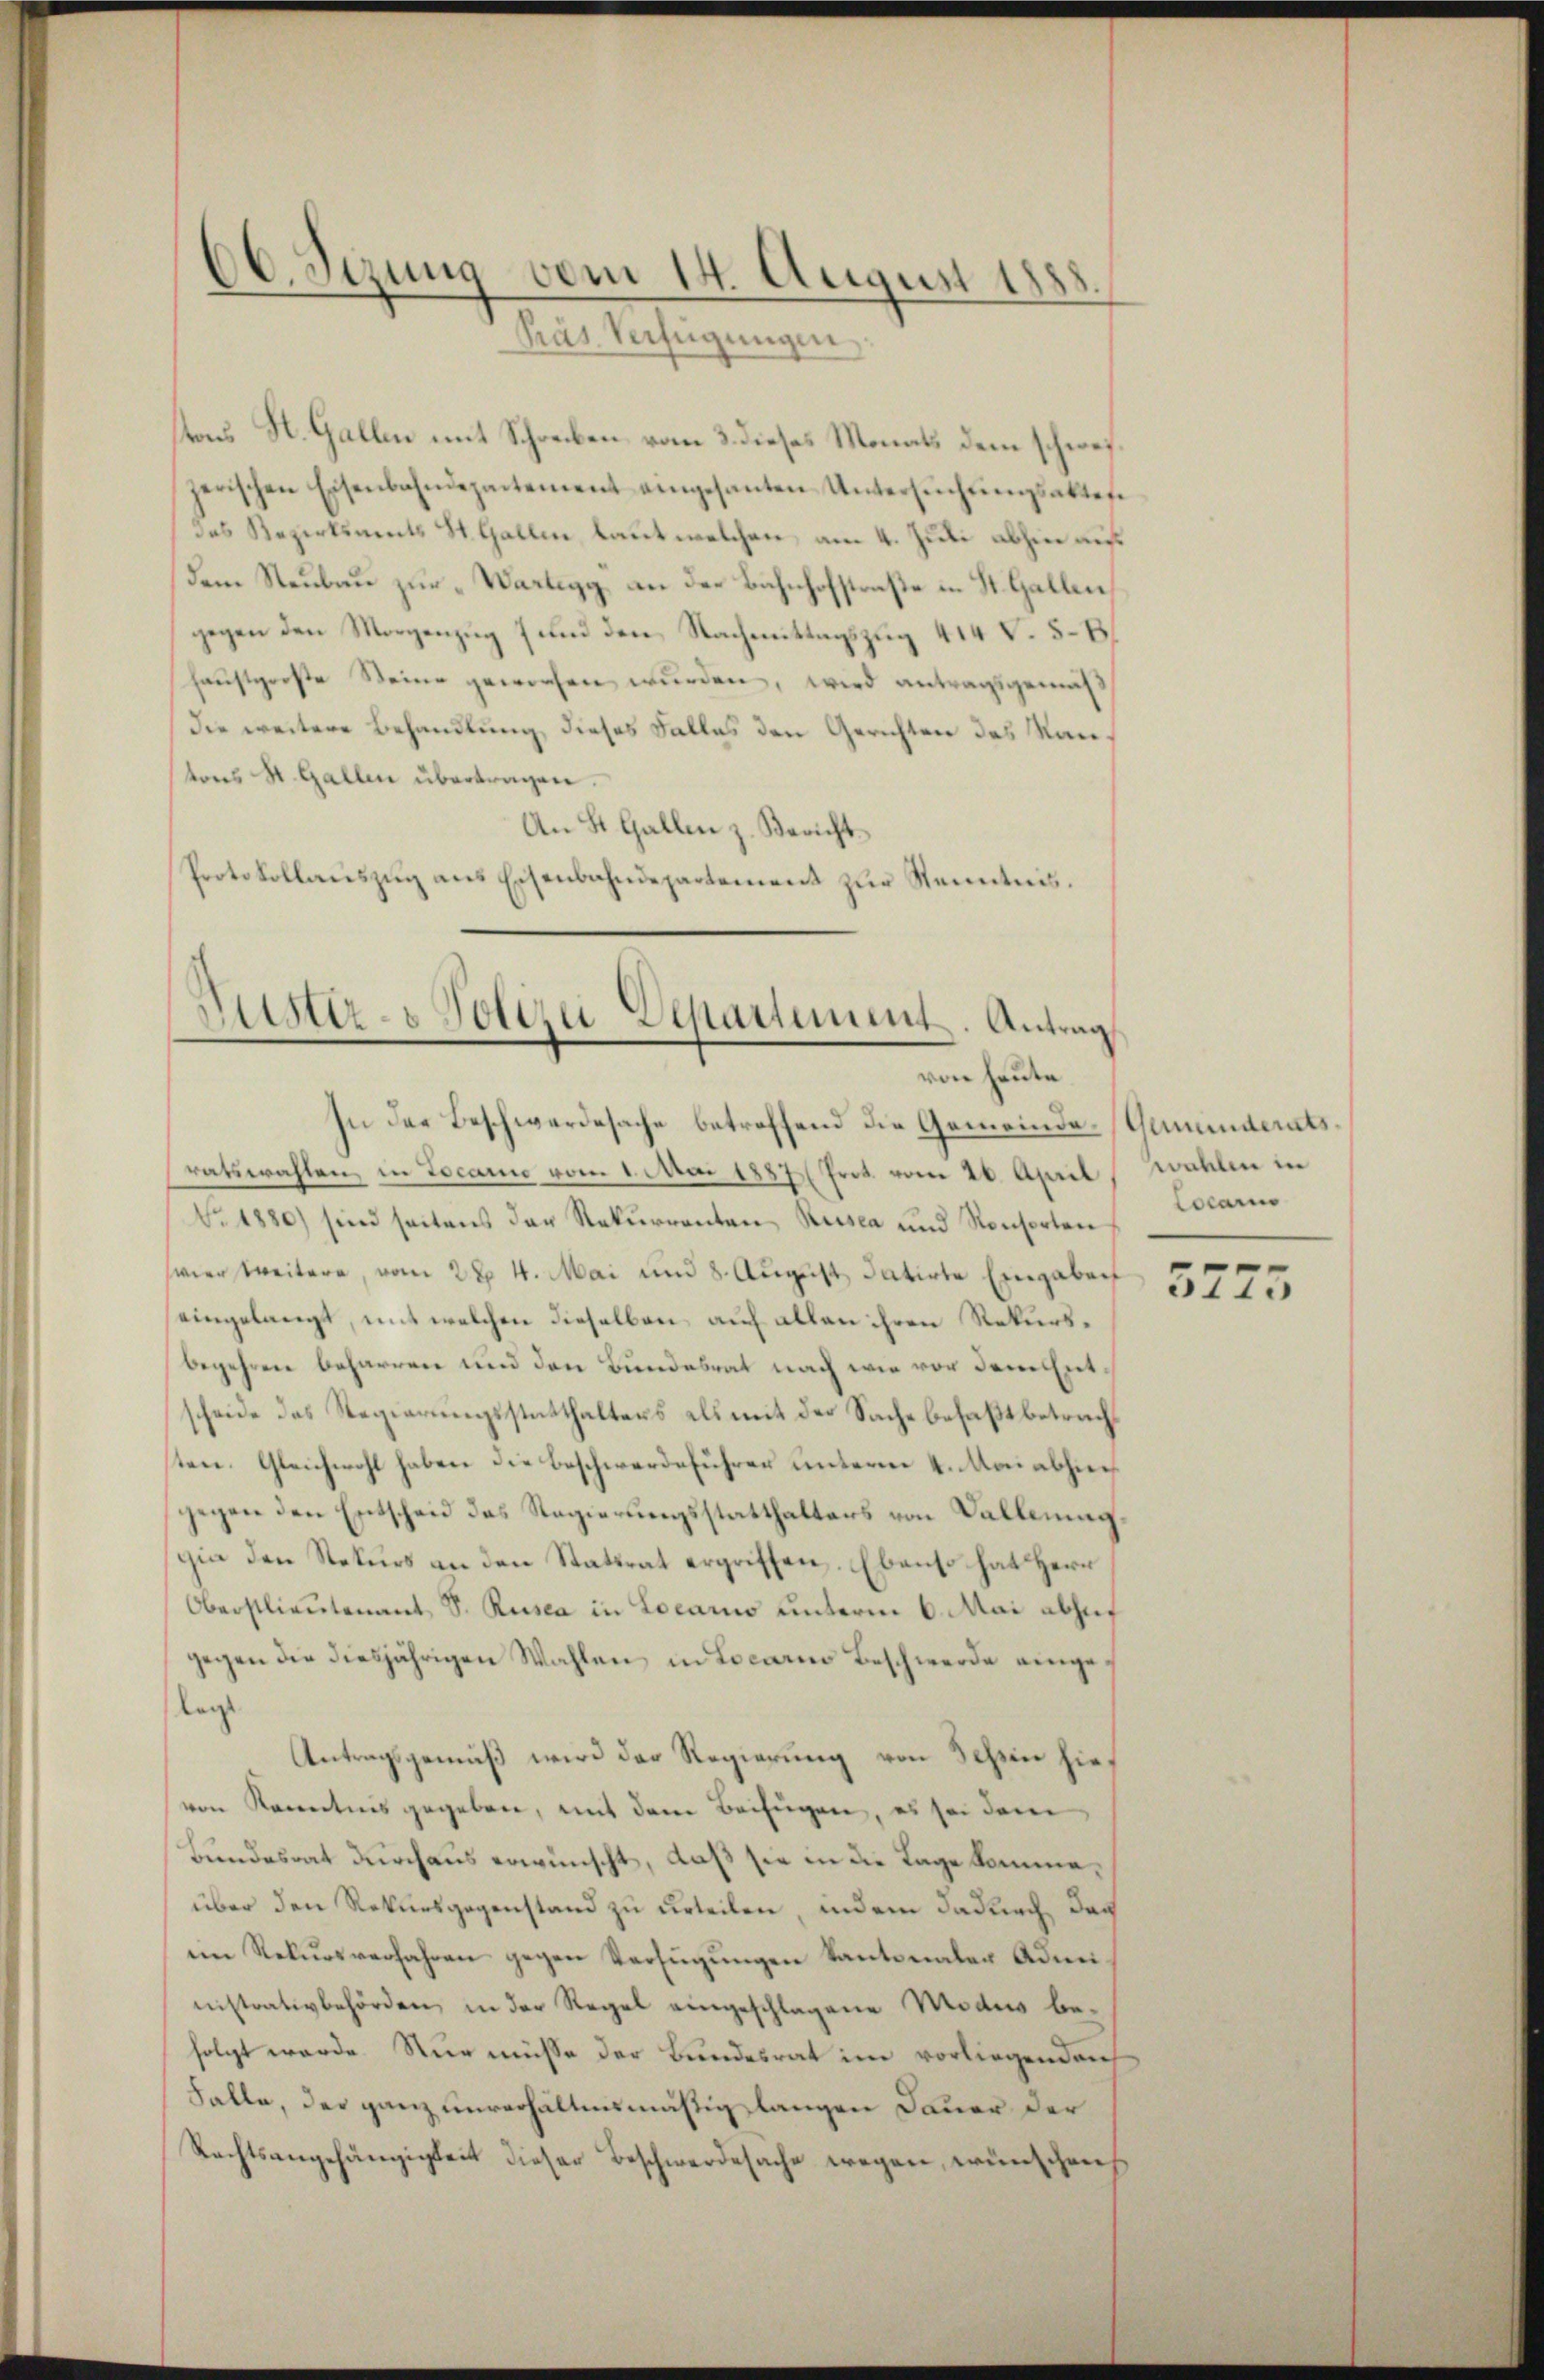
60. Sezung vom 14. August 1885
Präs. Verfügungen

tons St. Gallen mit Schreiben vom 3. dieses Monats dem schwei
zerischen Eisenbahndepartement eingesanten Untersŭchŭngsakten
das Rezirksamts St. Gallen, laut welchen am 4. Juli abhin auf
Dem Neubau zur „Wartegg, an der Bahnhofstraße in St. Gallen,
gegen den Morgenzug 7 und den Nachmittagszug 414 V. 5. B
haustgroße Steine geworfen wurden, wird antragsgemäß
Die weitere Behandlung, dieses Falles den Gerichten des Rau
tons St. Gallen übertragen.
An St. Gallen z. Bericht
Protokollauszug aus Eisenbahndepartement zur Kenntnis.

Huster- & Polizei Departement. Antrag
von heute
In der Beschwerdesache betreffend die Gemeinde-Gemeinderats¬

ratswahlen, in Locario vom 1. Mai 1887 ( Prit vom 20. April
Nr. 1880) sind seitens der Rekŭrrenten Rusca und Konsorten
swier weitere, vom 2t 4. Mai und 8. August datirte Eingaben
eingelangt, mit welchen dieselben auf allen ihren Rekursbegehren beharren und den Bundesrat nach wie vor dem Entscheide des Regierungsstatthalters als mit der Sache befaßt betrach
sten. Gleichwohl haben die Beschwerdeführer unterm 4. Mai abhier
gegen den Entscheid das Regierungsstatthalters von Wallerung
gia den Rekurs an den Stattrat ergriffen. Ebenso hat Herr
Oberstlieutenant S. Rusca in Locarno unterm 6. Mai abhuf
gegen die diesjährigen Wahlen in Locarno Beschwerde eingelagt
Antragsgemäß wird der Regierung von Schen hievon Kenntnis gegeben, mit dem Beifügen, es sei dem
Bundesrat durchaus erwünscht, daß sie in die Tage komme,
über den Rekursgegenstand zu urteilen, indem dadurch das
iin Rekursverfahren gegen Verfügungen Kantonaler Administrativbehörden, in der Regel eingeschlagene Modus befolgt werde. Nur müsse der Bundesrat im vorliegenden
Falle, der ganz unverhältnismäßig langen Dauer der
Rechtsangehängigkeit dieser Beschwerdesache wegen, wünschen

wallen in
Locarno

3773